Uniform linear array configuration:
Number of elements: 16
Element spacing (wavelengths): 1
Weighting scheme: cosine
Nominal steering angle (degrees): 0
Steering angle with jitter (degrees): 0.4221
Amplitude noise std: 0.05
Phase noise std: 0.05

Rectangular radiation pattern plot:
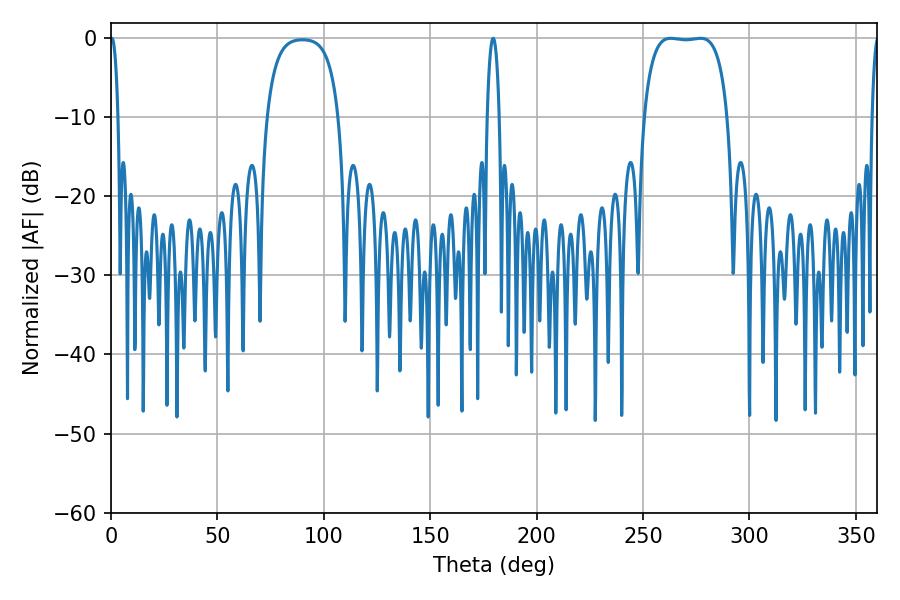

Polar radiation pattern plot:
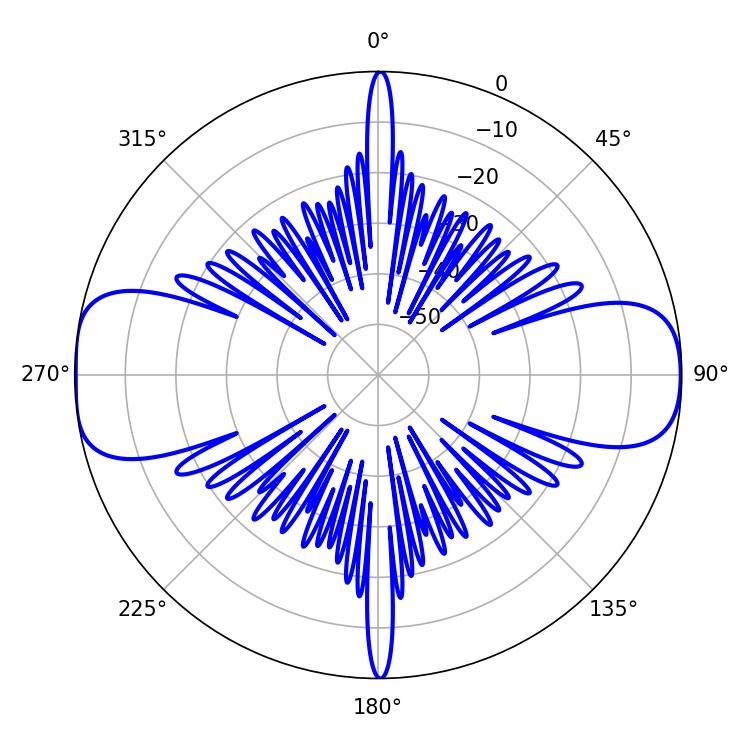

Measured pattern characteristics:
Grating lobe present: TRUE
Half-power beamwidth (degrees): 30.96
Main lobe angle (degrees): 262.98